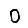
Digit: 0